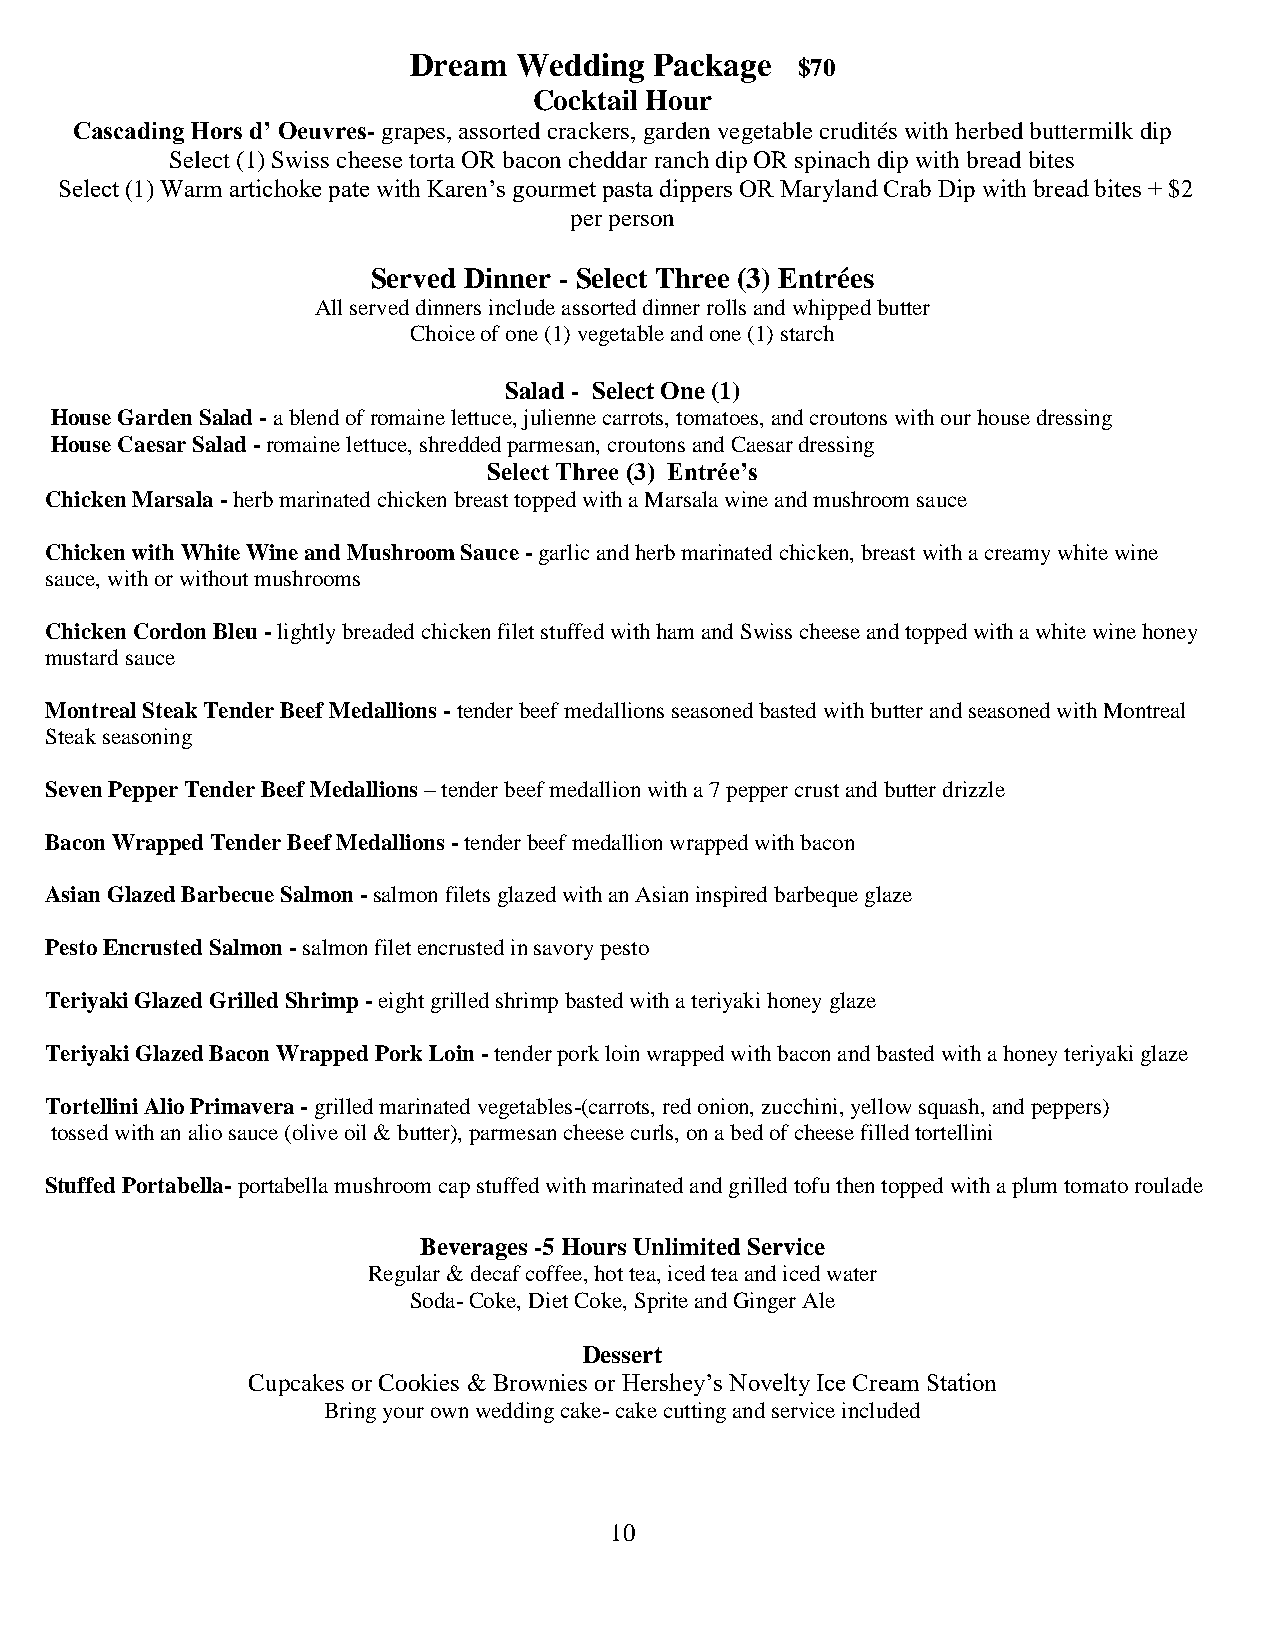
Dream  Wedding  Package
 $70
 Cocktail Hour
 Cascading Hors d’ Oeuvres- grapes, assorted crackers, garden vegetable crudités with herbed buttermilk dip
 Select (1) Swiss cheese torta OR bacon cheddar ranch dip OR spinach dip with bread bites
 Select (1) Warm artichoke pate with Karen’s gourmet pasta dippers OR Maryland Crab Dip with bread bites + $2
 per person
 Served Dinner - Select Three (3) Entrées
 All served dinners include assorted dinner rolls and whipped butter
 Choice of one (1) vegetable and one (1) starch
 Salad - Select One (1)
 House Garden Salad - a blend of romaine lettuce, julienne carrots, tomatoes, and croutons with our house dressing
 House Caesar Salad - romaine lettuce, shredded parmesan, croutons and Caesar dressing
 Select Three (3) Entrée’s
 Chicken Marsala - herb marinated chicken breast topped with a Marsala wine and mushroom sauce
 Chicken with White Wine and Mushroom Sauce - garlic and herb marinated chicken, breast with a creamy white wine
 sauce, with or without mushrooms
 Chicken Cordon Bleu - lightly breaded chicken filet stuffed with ham and Swiss cheese and topped with a white wine honey
 mustard sauce
 Montreal Steak Tender Beef Medallions - tender beef medallions seasoned basted with butter and seasoned with Montreal
 Steak seasoning
 Seven Pepper Tender Beef Medallions – tender beef medallion with a 7 pepper crust and butter drizzle
 Bacon Wrapped Tender Beef Medallions - tender beef medallion wrapped with bacon
 Asian Glazed Barbecue Salmon - salmon filets glazed with an Asian inspired barbeque glaze
 Pesto Encrusted Salmon - salmon filet encrusted in savory pesto
 Teriyaki Glazed Grilled Shrimp - eight grilled shrimp basted with a teriyaki honey glaze
 Teriyaki Glazed Bacon Wrapped Pork Loin - tender pork loin wrapped with bacon and basted with a honey teriyaki glaze
 Tortellini Alio Primavera - grilled marinated vegetables-(carrots, red onion, zucchini, yellow squash, and peppers)
 tossed with an alio sauce (olive oil & butter), parmesan cheese curls, on a bed of cheese filled tortellini
 Stuffed Portabella- portabella mushroom cap stuffed with marinated and grilled tofu then topped with a plum tomato roulade
 Beverages -5 Hours Unlimited Service
 Regular & decaf coffee, hot tea, iced tea and iced water
 Soda- Coke, Diet Coke, Sprite and Ginger Ale
 Dessert
 Cupcakes or Cookies & Brownies or Hershey’s Novelty Ice Cream Station
 Bring your own wedding cake- cake cutting and service included
 10